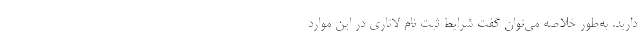
دارید. به‌طور خلاصه می‌توان گفت شرایط ثبت نام لاتاری در این موارد